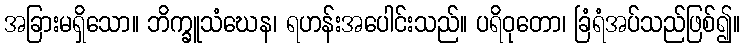
အခြားမရှိသော။ ဘိက္ခူသံဃေန၊ ရဟန်းအပေါင်းသည်။ ပရိဝုတော၊ ခြံရံအပ်သည်ဖြစ်၍။